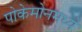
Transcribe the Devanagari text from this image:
पोकेमोनमध्ये